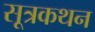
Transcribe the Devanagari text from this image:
सूत्रकथन